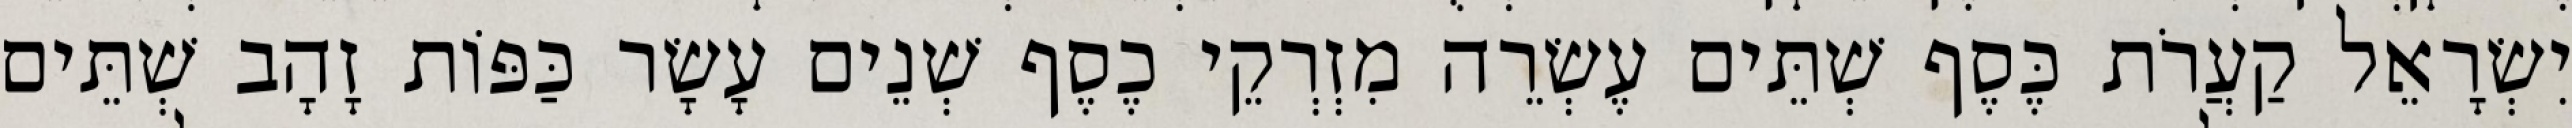
יִשְׂרָאֵל קַעֲרֹת כֶּסֶף שְׁתֵּים עֶשְׂרֵה מִזְרְקֵי כֶסֶף שְׁנֵים עָשָׂר כַּפּוֹת זָהָב שְׁתֵּים